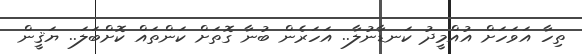
ތިހާ އަވަހަށް އުއްމީދު ކަނޑާނުލާ.. އަހަރެން ބުނާ ގޮތަށް ކަންތައް ކޮށްބަލަ.. ޔަޤީން